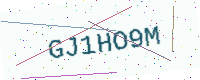
Text: GJ1HO9M